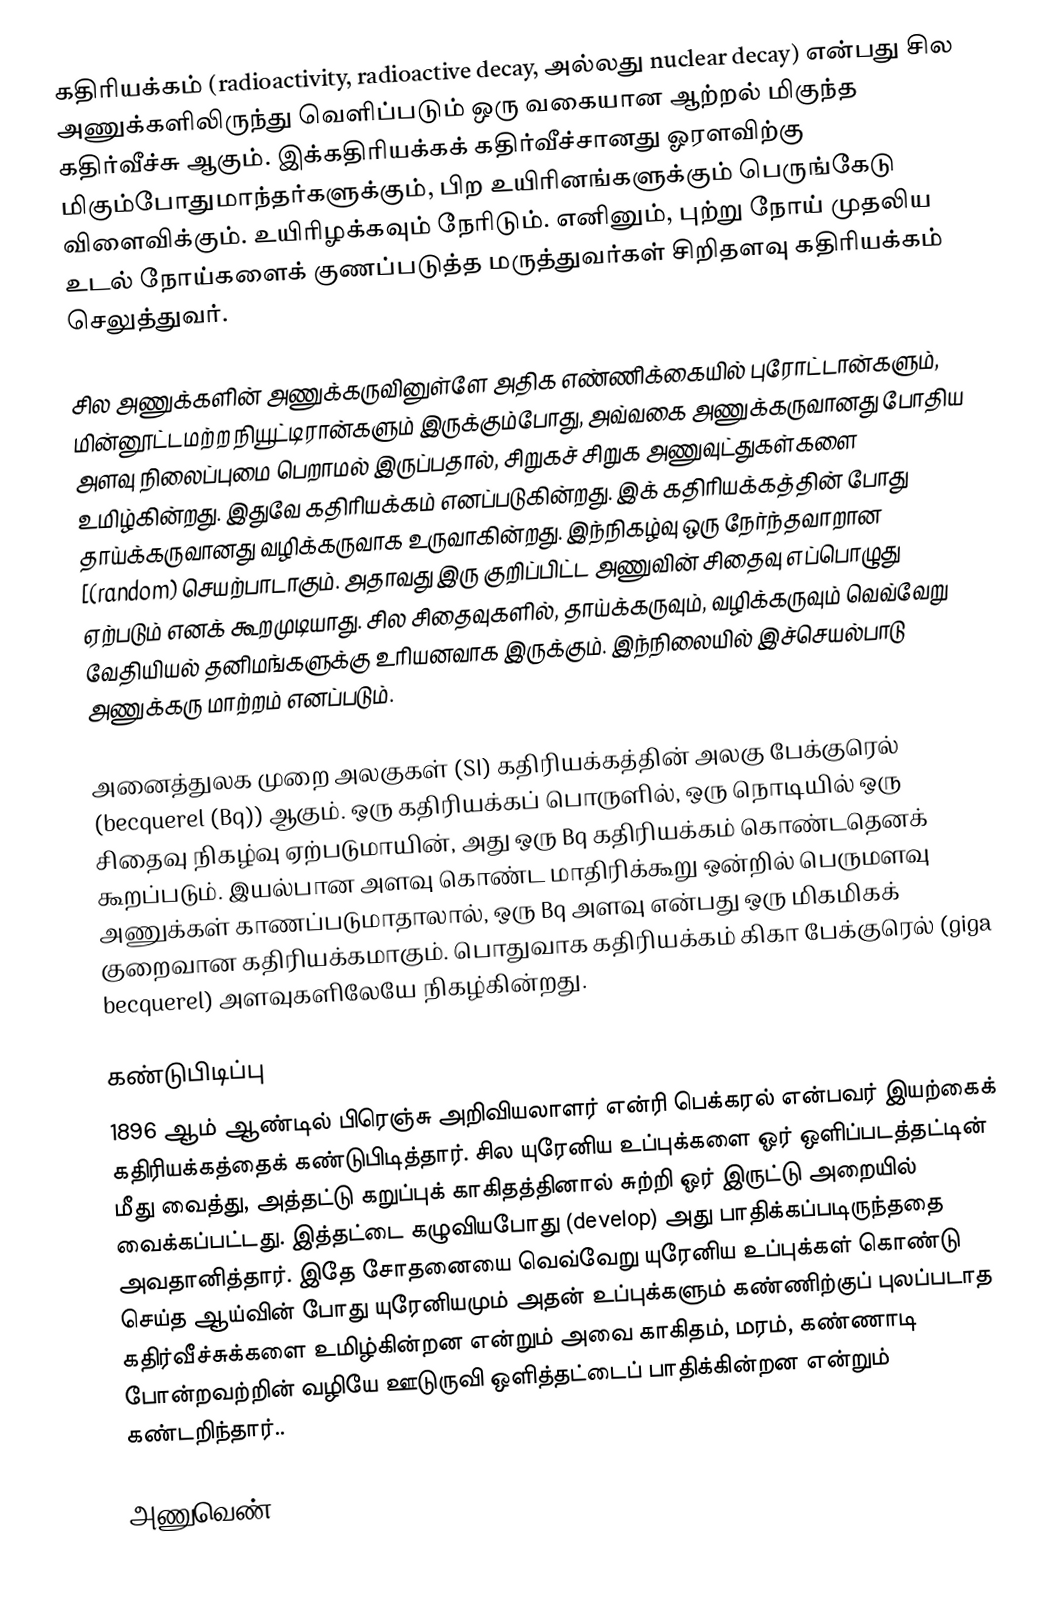
கதிரியக்கம் (radioactivity, radioactive decay, அல்லது nuclear decay) என்பது சில அணுக்களிலிருந்து வெளிப்படும் ஒரு வகையான ஆற்றல் மிகுந்த கதிர்வீச்சு ஆகும். இக்கதிரியக்கக் கதிர்வீச்சானது ஓரளவிற்கு மிகும்போதுமாந்தர்களுக்கும், பிற உயிரினங்களுக்கும் பெருங்கேடு விளைவிக்கும். உயிரிழக்கவும் நேரிடும். எனினும், புற்று நோய் முதலிய உடல் நோய்களைக் குணப்படுத்த மருத்துவர்கள் சிறிதளவு கதிரியக்கம் செலுத்துவர்.

சில அணுக்களின் அணுக்கருவினுள்ளே அதிக எண்ணிக்கையில் புரோட்டான்களும், மின்னூட்டமற்ற நியூட்டிரான்களும் இருக்கும்போது, அவ்வகை அணுக்கருவானது போதிய அளவு நிலைப்புமை பெறாமல் இருப்பதால், சிறுகச் சிறுக அணுவுட்துகள்களை உமிழ்கின்றது. இதுவே கதிரியக்கம் எனப்படுகின்றது. இக் கதிரியக்கத்தின் போது தாய்க்கருவானது வழிக்கருவாக உருவாகின்றது. இந்நிகழ்வு ஒரு நேர்ந்தவாறான [(random) செயற்பாடாகும். அதாவது இரு குறிப்பிட்ட அணுவின் சிதைவு எப்பொழுது ஏற்படும் எனக் கூறமுடியாது. சில சிதைவுகளில், தாய்க்கருவும், வழிக்கருவும் வெவ்வேறு வேதியியல் தனிமங்களுக்கு உரியனவாக இருக்கும். இந்நிலையில் இச்செயல்பாடு அணுக்கரு மாற்றம் எனப்படும்.

அனைத்துலக முறை அலகுகள் (SI) கதிரியக்கத்தின் அலகு பேக்குரெல் (becquerel (Bq)) ஆகும். ஒரு கதிரியக்கப் பொருளில், ஒரு நொடியில் ஒரு சிதைவு நிகழ்வு ஏற்படுமாயின், அது ஒரு Bq கதிரியக்கம் கொண்டதெனக் கூறப்படும். இயல்பான அளவு கொண்ட மாதிரிக்கூறு ஒன்றில் பெருமளவு அணுக்கள் காணப்படுமாதாலால், ஒரு Bq அளவு என்பது ஒரு மிகமிகக் குறைவான கதிரியக்கமாகும். பொதுவாக கதிரியக்கம் கிகா பேக்குரெல் (giga becquerel) அளவுகளிலேயே நிகழ்கின்றது.

கண்டுபிடிப்பு
1896 ஆம் ஆண்டில் பிரெஞ்சு அறிவியலாளர் என்ரி பெக்கரல் என்பவர் இயற்கைக் கதிரியக்கத்தைக் கண்டுபிடித்தார். சில யுரேனிய உப்புக்களை ஓர் ஒளிப்படத்தட்டின் மீது வைத்து, அத்தட்டு கறுப்புக் காகிதத்தினால் சுற்றி ஓர் இருட்டு அறையில் வைக்கப்பட்டது. இத்தட்டை கழுவியபோது (develop) அது பாதிக்கப்படிருந்ததை அவதானித்தார். இதே சோதனையை வெவ்வேறு யுரேனிய உப்புக்கள் கொண்டு செய்த ஆய்வின் போது யுரேனியமும் அதன் உப்புக்களும் கண்ணிற்குப் புலப்படாத கதிர்வீச்சுக்களை உமிழ்கின்றன என்றும் அவை காகிதம், மரம், கண்ணாடி போன்றவற்றின் வழியே ஊடுருவி ஒளித்தட்டைப் பாதிக்கின்றன என்றும் கண்டறிந்தார்..

அணுவெண் 9